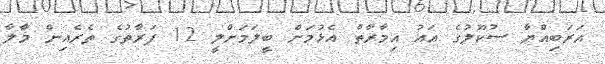
އަރަބިއްޔާ ސުކޫލުގެ އައު އިމާރާތް އެޅުމަށް ބީލަމަށްލީ 12 ފަރާތުގެ ތެރެއިން މާލާ